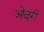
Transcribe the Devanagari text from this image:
ओळूंरी